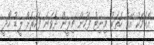
އެކަމަކު އޭގެ ހަތަރު މިނިޓު ފަހުން ޗިލީން ދެވަނަ ފަހަރަށް ލީޑު ހޯދީ